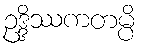
ဥဒ္ဒိဿကတမ္ပိ